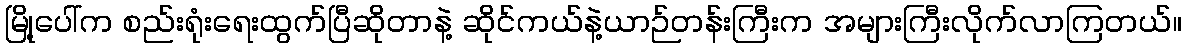
မြို့ပေါ်က စည်းရုံးရေးထွက်ပြီဆိုတာနဲ့ ဆိုင်ကယ်နဲ့ယာဉ်တန်းကြီးက အများကြီးလိုက်လာကြတယ်။